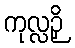
ကုလ္လဉှိ